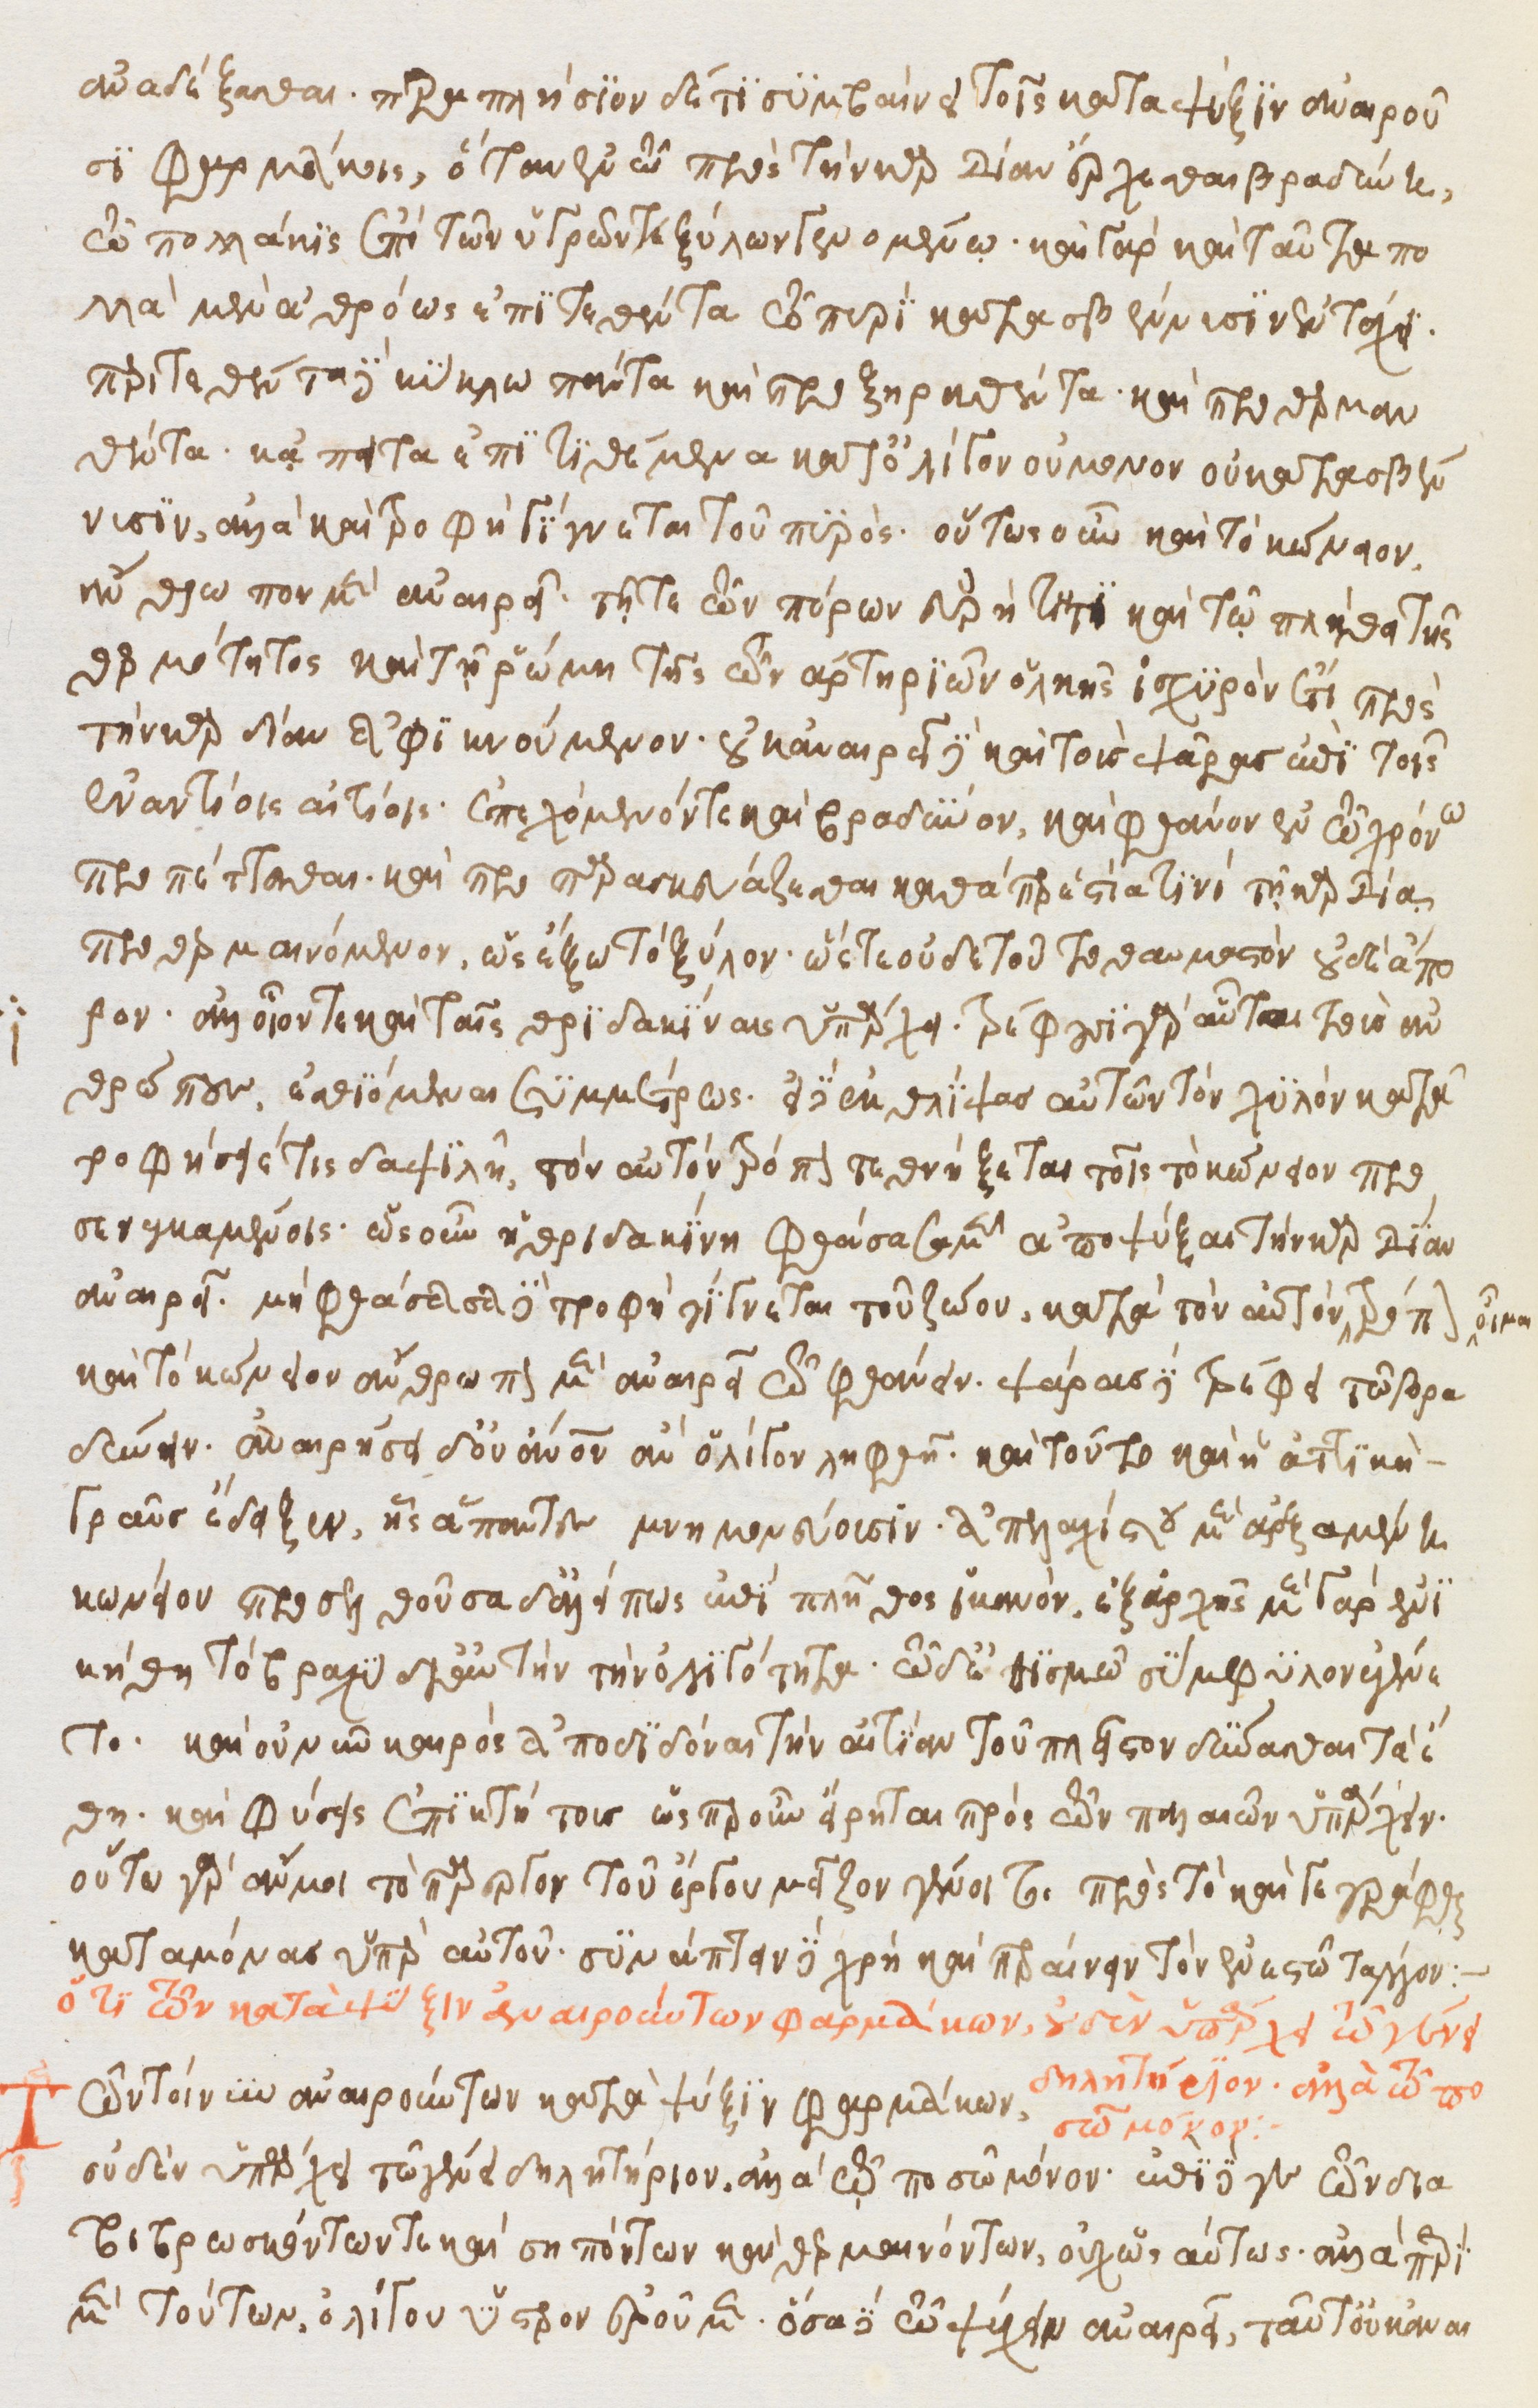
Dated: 1500–1599